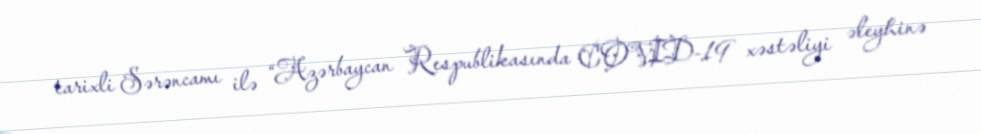
tarixli Sərəncamı ilə “Azərbaycan Respublikasında COVID-19 xəstəliyi əleyhinə